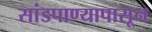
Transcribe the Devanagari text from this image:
सांडपाण्यापासून